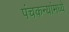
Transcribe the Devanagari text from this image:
पंचकन्यांमध्ये